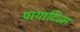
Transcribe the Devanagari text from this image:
पायाटिज्म